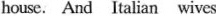
house. And Italian wives